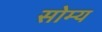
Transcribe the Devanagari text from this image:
सोम्य